Indian journal of veterinary science and animal husbandry - Volumes 15-17, 1948-1951
Year: 1948
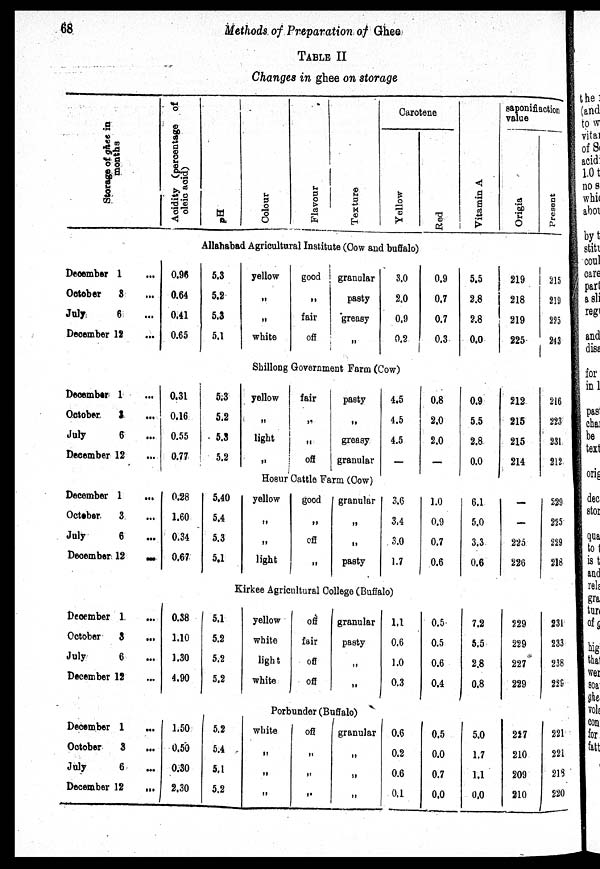
68
Methods of Preparation of Ghee
TABLE II
Changes in ghee on storage
Storage of ghee in
months
December 1 ...
October 3 ...
July
6 ...
December 12 ...
December 1 ...
October
3 ...
July
6 ...
December 12 ...
December 1
...
October
3 ...
July
6 ...
December 12
...
December 1 ...
October
3
...
July
6 ...
December 12 ...
December 1 ...
October
3
...
July
6
...
December 12
...
Acidity (percentage of
oleic acid)
pH
Colour
Flavour
Texture
Carotene
Yellow
Red
Vi t
a mi n A
saponifiaction
Origia
Present
Allahabad Agricultural Institute (Cow and buffalo)
0.96
0.64
0.41
0.65
5.3
5.2
5.3
5.1
yellow
„
„
white
good
„
fair
off
granular
pasty
greasy
„
3.0
2.0
0.9
0.2
0.9
0.7
0.7
0.3
5.5
2.8
2.8
0.0
219
218
219
225
215
219
225
243
Shillong Government Farm (Cow)
0.31
0.16
0.55
0.77
5.3
5.2
5.3
5.2
yellow
„
light
„
fair
„
„
off
pasty
„
greasy
granular
4.5
4.5
4.5
—
0.8
2.0
2.0
—
0.9
5.5
2.8
0.0
212
215
215
214
216
223
231
212
Hosur Cattle Farm (Cow)
0.28
1.60
0.34
0.67
5.40
5.4
5.3
5.1
yellow
„
„
light
good
„
off
„
granular
„
„
pasty
3.6
3.4
3.0
1.7
1.0
0.9
0.7
0.6
6.1
5.0
3.3
0.6
—
—
225
226
229
225
229
218
Kirkee Agricultural College (Buffalo)
0.38
1.10
1.30
4.90
5.1
5.2
5.2
5.2
yellow
white
light
white
off
fair
off
off
granular
pasty
„
„
1.1
0.6
1.0
0.3
0.5
0.5
0.6
0.4
7.2
5.5
2.8
0.8
229
229
227
229
231
233
238
229
Porbunder (Buffalo)
1.50
0.50
0.30
2.30
5.2
5.4
5.1
5.2
white
„
„
„
off
„
„
„
granular
„
„
„
0.6
0.2
0.6
0.1
0.5
0.0
0.7
0.0
5.0
1.7
1.1
0.0
257
210
209
210
221
221
213
220